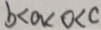
b < a < 0 < c